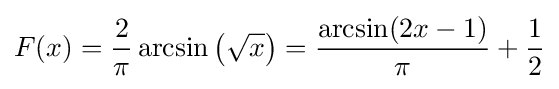
F(x)={\frac {2}{\pi }}\arcsin \left({\sqrt {x}}\right)={\frac {\arcsin(2x-1)}{\pi }}+{\frac {1}{2}}